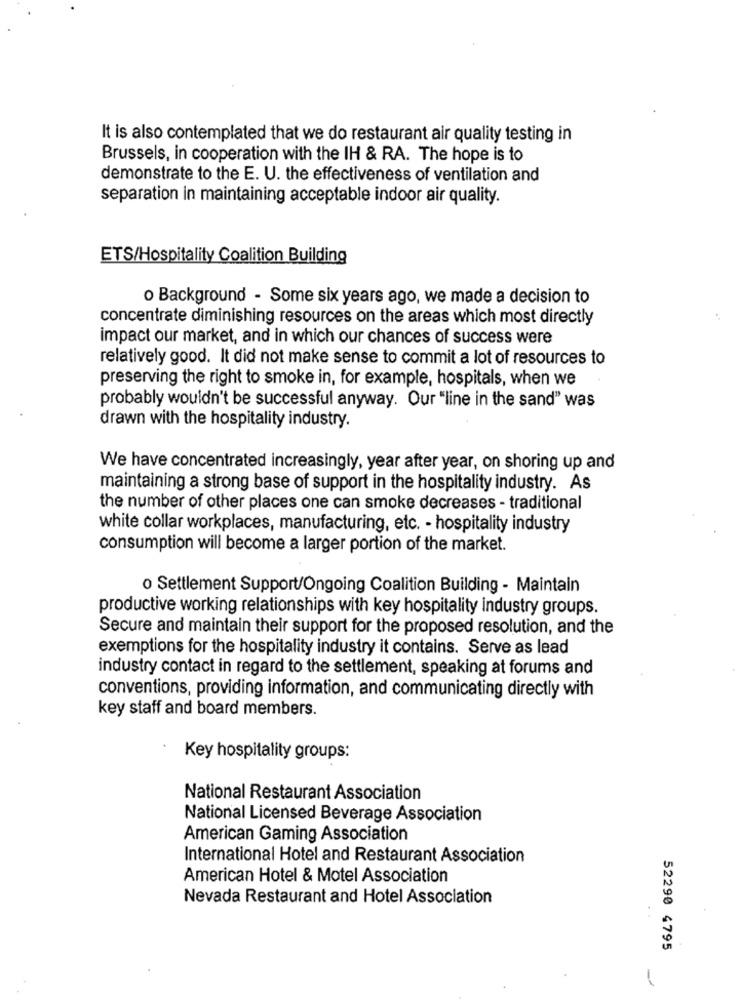
It is also contemplated that we do restaurant air quality testing in
Brussels, in cooperation with the IH & RA. The hope is to
demonstrate to the E. U. the effectiveness of ventilation and
separation in maintaining acceptable indoor air quality.
ETS/Hospitality Coalition Building
o Background - Some six years ago, we made a decision to
concentrate diminishing resources on the areas which most directly
impact our market, and in which our chances of success were
relatively good. It did not make sense to commit a lot of resources to
preserving the right to smoke in, for example, hospitals, when we
probably wouldn't be successful anyway. Our "line in the sand" was
drawn with the hospitality industry.
We have concentrated increasingly, year after year, on shoring up and
maintaining a strong base of support in the hospitality industry. As
the number of other places one can smoke decreases - traditional
white collar workplaces, manufacturing, etc. - hospitality industry
consumption will become a larger portion of the market.
o Settlement Support/Ongoing Coalition Building - Maintain
productive working relationships with key hospitality industry groups.
Secure and maintain their support for the proposed resolution, and the
exemptions for the hospitality industry it contains. Serve as lead
industry contact in regard to the settlement, speaking at forums and
conventions, providing information, and communicating directly with
key staff and board members.
Key hospitality groups:
National Restaurant Association
National Licensed Beverage Association
American Gaming Association
International Hotel and Restaurant Association
American Hotel & Motel Association
Nevada Restaurant and Hotel Association
52290 4795